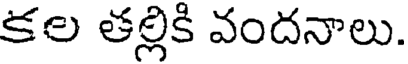
కల తల్లికి వందనాలు.